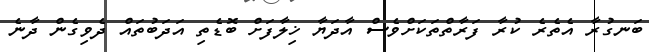
ބަނގުރާ އެތެރެ ކުރާ ފަރާތްތަކަށްވެސް އާދަޔާ ޚިލާފަށް ބޮޑެތި އަދަބުތައް ދެވިގެން ދާނެ